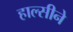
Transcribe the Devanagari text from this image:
हाल्सीने